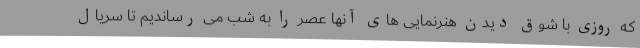
که روزی با شوق دیدن هنرنمایی های آنها عصر را به شب می رساندیم تا سریال